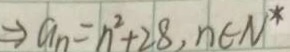
\Rightarrow a _ { n } = n ^ { 2 } + 2 8 , n \in N ^ { \ast }